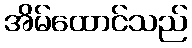
အိမ်ထောင်သည်